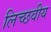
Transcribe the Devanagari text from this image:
लिच्छवीय